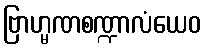
ဗြာဟ္မဏစဏ္ဍာလံယေဝ